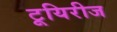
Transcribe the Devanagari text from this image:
टूयिरीज